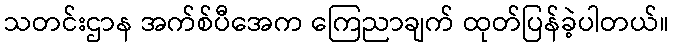
သတင်းဌာန အက်စ်ပီအေက ကြေညာချက် ထုတ်ပြန်ခဲ့ပါတယ်။